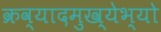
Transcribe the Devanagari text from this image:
क्रव्यादमुख्येभ्यो